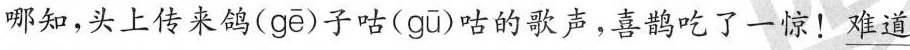
哪知，头上传来鸽( gē )子咕( gū )咕的歌声，喜鹊吃了一惊！\underline{难道}